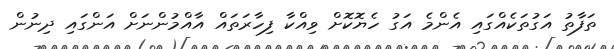
ތަފާތު އަގުތަކެއްގައި އެންމެ އަގު ހެޔޮކޮށް ވިއްކާ ފިހާރަތައް އާއްމުންނަށް އަންގައި ދިނުން